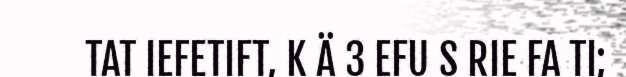
TAT IEFETIFT, K Ä 3 EFU S RIE FA TI;